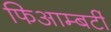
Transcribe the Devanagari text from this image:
फिआम्बर्टी